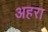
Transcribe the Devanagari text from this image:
अहरा